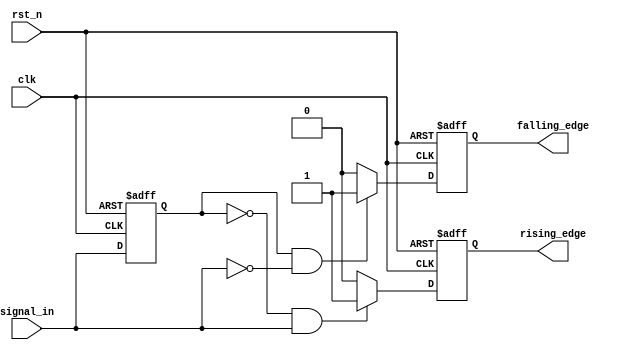
module SchmittTriggerEdgeDetector (
    input wire clk,            // Clock input
    input wire rst_n,         // Active low reset
    input wire signal_in,     // Input signal to be detected
    output reg rising_edge,   // Rising edge output
    output reg falling_edge    // Falling edge output
);

    // Parameters for hysteresis thresholds (can be adjusted as needed)
    parameter Vth_plus = 1'b1; // Upper threshold
    parameter Vth_minus = 1'b0; // Lower threshold

    // Memory elements to hold the previous state of the input signal
    reg signal_in_prev;

    // Edge detection logic
    always @(posedge clk or negedge rst_n) begin
        if (!rst_n) begin
            // Reset condition
            signal_in_prev <= 1'b0;
            rising_edge <= 1'b0;
            falling_edge <= 1'b0;
        end else begin
            // Store the previous state
            signal_in_prev <= signal_in;

            // Rising edge detection
            if (signal_in_prev == Vth_minus && signal_in == Vth_plus) begin
                rising_edge <= 1'b1; // Rising edge detected
            end else begin
                rising_edge <= 1'b0; // Clear rising edge output
            end

            // Falling edge detection
            if (signal_in_prev == Vth_plus && signal_in == Vth_minus) begin
                falling_edge <= 1'b1; // Falling edge detected
            end else begin
                falling_edge <= 1'b0; // Clear falling edge output
            end
        end
    end

endmodule